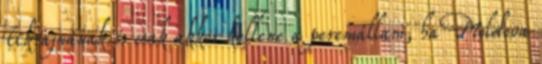
Ukrajnának is csak akkor kellene a peremállam, ha Moldova